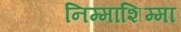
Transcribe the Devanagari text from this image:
निम्माशिम्मा